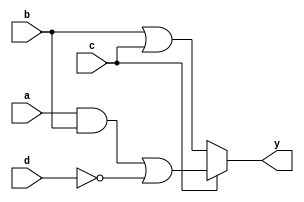
module MultiLevelSimplification (
    input wire a,       // Input signal A
    input wire b,       // Input signal B
    input wire c,       // Input signal C
    input wire d,       // Input signal D
    output wire y       // Output signal Y
);

// Intermediate signals
wire ab_and;           // Intermediate signal for AND gate
wire bc_or;           // Intermediate signal for OR gate
wire not_d;           // Intermediate signal for NOT gate
wire mux_out;         // Output from multiplexer
wire common_expr;     // Common expression for factorization

// Logic Gates Implementation
// Level 1: Basic Logic Gates
assign ab_and = a & b;               // AND gate
assign bc_or = b | c;                // OR gate
assign not_d = ~d;                   // NOT gate

// Level 2: Intermediate Logic
assign common_expr = ab_and | not_d; // Combining AND and NOT

// Level 3: Decomposition and Factorization
// Using a multiplexer to select between two paths
assign mux_out = (c) ? common_expr : bc_or; // MUX selection based on C

// Final Output Logic
assign y = mux_out; // Final output Y

endmodule